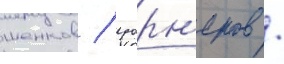
шенков / уорн'еров /